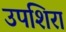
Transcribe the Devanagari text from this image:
उपशिरा